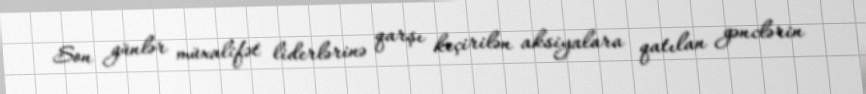
Son günlər müxalifət liderlərinə qarşı keçirilən aksiyalara qatılan gənclərin